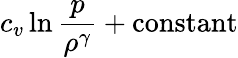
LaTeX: c_{v}\ln\frac{p}{\rho^{\gamma}}+\textrm{constant}